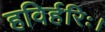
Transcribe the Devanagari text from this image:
हविर्हरिः।